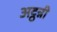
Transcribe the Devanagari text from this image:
अट्ठन्नी